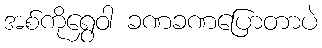
အစ်ကိုရွှေဝါ ခဏခဏပြောတာပဲ